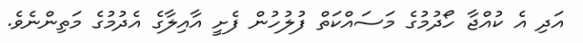
އަދި އެ ކުއްޖާ ހޯދުމުގެ މަސައްކަތް ފުލުހުން ފެށީ އާއިލާގެ އެދުމުގެ މަތިންނެވެ.